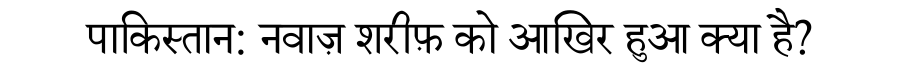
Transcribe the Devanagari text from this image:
पाकिस्तान: नवाज़ शरीफ़ को आखिर हुआ क्या है?